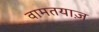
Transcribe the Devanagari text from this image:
वामतयाज़